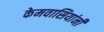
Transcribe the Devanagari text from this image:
केमवासियांनी